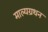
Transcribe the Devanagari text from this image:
माल्यग्रथन